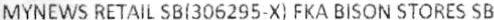
MYNEWS RETAIL SB(306295-X) FKA BISON STORES SB